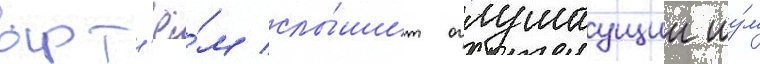
арт'ё́м слы́шит оглушаущии шу́м